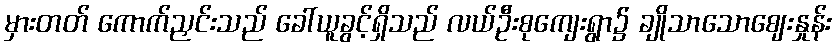
မှားတတ် ကောက်ညှင်းသည် ခေါ်ယူခွင့်ရှိသည် လယ်ဦးစုကျေးရွာ၌ ချိုသာသောဈေးနှုန်း